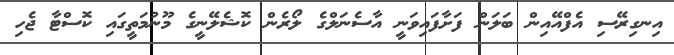
އިނގިރޭސި އެފްއޭއިން ބަލަން ފަށާފައިވަނީ އާސެނަލްގެ ލޯރެން ކޮޝެލޭނީގެ މޫނުމަތީގައި ކޮސްޓާ ޖެހި